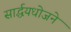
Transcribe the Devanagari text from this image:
सार्द्धयधोजने